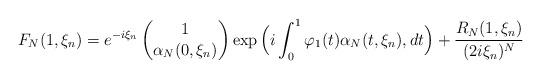
LaTeX: \begin{align*}F_N(1,\xi_n)= e^{-i\xi_n} \begin{pmatrix}1\\ \alpha_N(0,\xi_n)\end{pmatrix} \exp\Big(i \int_0^1\varphi_1(t)\alpha_N(t,\xi_n),dt\Big)+\frac{ R_N(1,\xi_n)}{(2i\xi_n)^N}\end{align*}